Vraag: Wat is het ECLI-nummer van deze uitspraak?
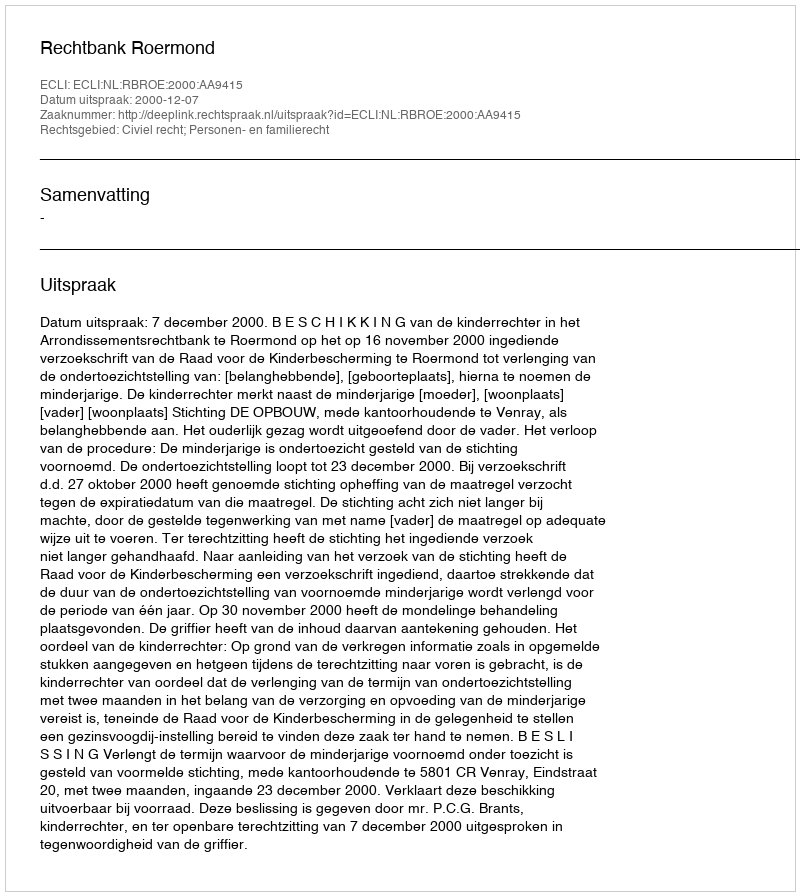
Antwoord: ECLI:NL:RBROE:2000:AA9415